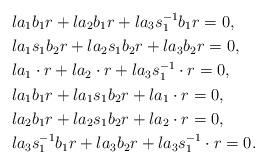
LaTeX: \begin{align*}&la_1b_1r + la_2b_1r + la_3s_1^{-1}b_1r = 0,\\&la_1s_1b_2r + la_2s_1b_2r + la_3b_2r = 0,\\&la_1\cdot r + la_2 \cdot r + la_3s_1^{-1} \cdot r = 0,\\&la_1b_1r + la_1s_1b_2r + la_1 \cdot r = 0,\\&la_2b_1r + la_2s_1b_2r + la_2\cdot r = 0,\\&la_3s_1^{-1}b_1r + la_3b_2r + la_3s_1^{-1}\cdot r = 0.\end{align*}